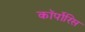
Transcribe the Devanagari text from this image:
कॉर्पोरिस